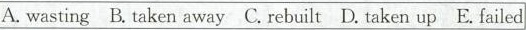
A. wasting B. Taken away C.Rebuilt D. Taken up E. Failed